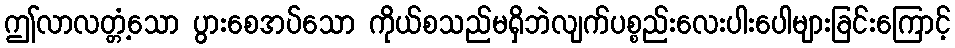
ဤလာလတ္တံ့သော ပွားစေအပ်သော ကိုယ်စသည်မရှိဘဲလျက်ပစ္စည်းလေးပါးပေါများခြင်းကြောင့်